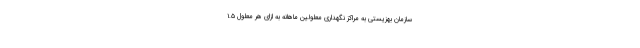
سازمان بهزیستی به مراکز نگهداری معلولین ماهانه به ازای هر معلول ۱.۵